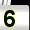
Digit: 5